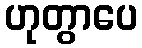
ဟုတွာပေ